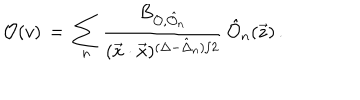
{ \cal O } ( v ) \, = \, \sum _ { n } \frac { B _ { { \cal O } , \hat { \cal O } _ { n } } } { ( \vec { x } \cdot \vec { x } ) ^ { ( \Delta - \hat { \Delta } _ { n } ) / 2 } } \, \hat { { \cal O } } _ { n } ( \vec { z } ) \, .